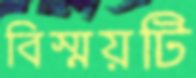
বিস্ময়টি